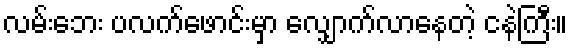
လမ်းဘေး ပလက်ဖောင်းမှာ လျှောက်လာနေတဲ့ ငနဲကြီး။